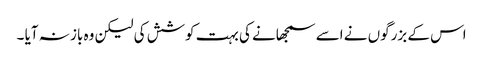
اس کے بزرگوں نے اسے سمجھانے کی بہت کوشش کی لیکن وہ باز نہ آیا ۔